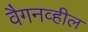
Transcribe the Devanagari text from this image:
वैगनव्हील